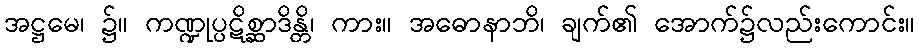
အဋ္ဌမေ၊ ၌။ ကဏ္ဍုပ္ပဋိစ္ဆာဒိန္တိ၊ ကား။ အဓောနာဘိ၊ ချက်၏ အောက်၌လည်းကောင်း။